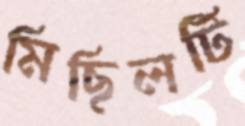
মিছিলটি